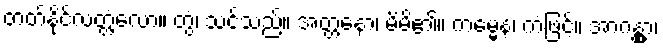
တတ်နိုင်လတ္တံ့လော။ တွံ၊ သင်သည်။ အတ္တနော၊ မိမိ၏။ ကမ္မေန၊ ကံဖြင့်။ အာဂန္တွာ၊